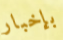
بإخبار